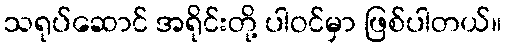
သရုပ်ဆောင် အရိုင်းတို့ ပါဝင်မှာ ဖြစ်ပါတယ်။